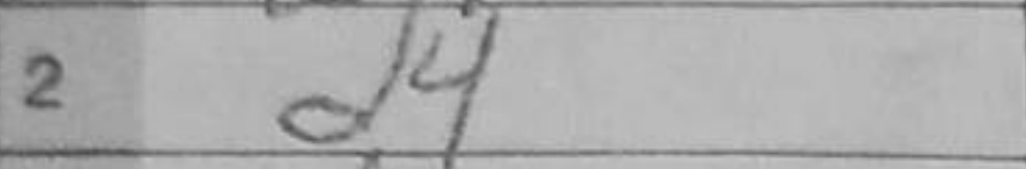
Transcription: d4